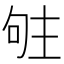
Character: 𠴦